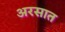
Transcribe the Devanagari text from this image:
अरसात